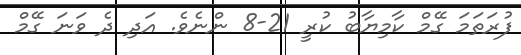
ފުރަތަމަ ގޭމް ކާމިޔާބު ކުރީ 21-8 ންނެވެ. އަދި ދެ ވަނަ ގޭމް